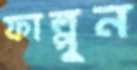
ফাল্পুন